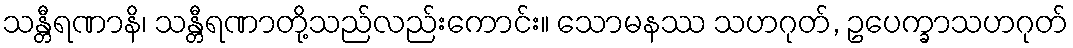
သန္တီရဏာနိ၊ သန္တီရဏာတို့သည်လည်းကောင်း။ သောမနဿ သဟဂုတ်, ဥပေက္ခာသဟဂုတ်